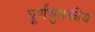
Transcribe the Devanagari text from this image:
घूर्णंचुंबकीय